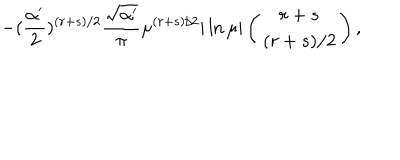
- ( \frac { \alpha ^ { \prime } } { 2 } ) ^ { ( r + s ) / 2 } \frac { \sqrt { \alpha ^ { \prime } } } { \pi } \mu ^ { ( r + s ) / 2 } | \ln \mu | \left( \begin{array} { c } { { r + s } } \\ { { ( r + s ) / 2 } } \\ \end{array} \right) ,